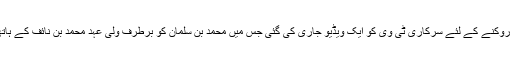
اِس بڑے اور غیر معمولی فیصلے کے بعد یہ خیال کیا جارہا تھا کہ اب اندرونی کشمکش بڑھ جائے گی جسے روکنے کے لئے سرکاری ٹی وی کو ایک ویڈیو جاری کی گئی جس میں محمد بن سلمان کو برطرف ولی عہد محمد بن نائف کے ہاتھوں کو چومتے دکھایا گیا، جس سے یہ تاثر دینے کی کوشش کی کہ دونوں کے درمیان کوئی چپقلش نہیں ہے۔